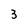
Character: 3